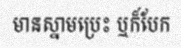
មានស្នាមប្រេះ ឬក៏បែក